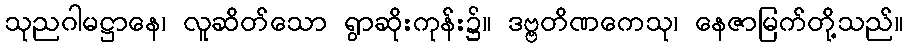
သုညဂါမဋ္ဌာနေ၊ လူဆိတ်သော ရွာဆိုးကုန်း၌။ ဒဗ္ဗတိဏကေသု၊ နေဇာမြက်တို့သည်။